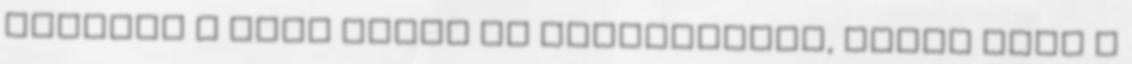
elküldi a cikk címét és bevezetőjét, önnek csak a